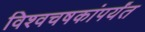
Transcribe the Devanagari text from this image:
विश्वचषकांपर्यंत